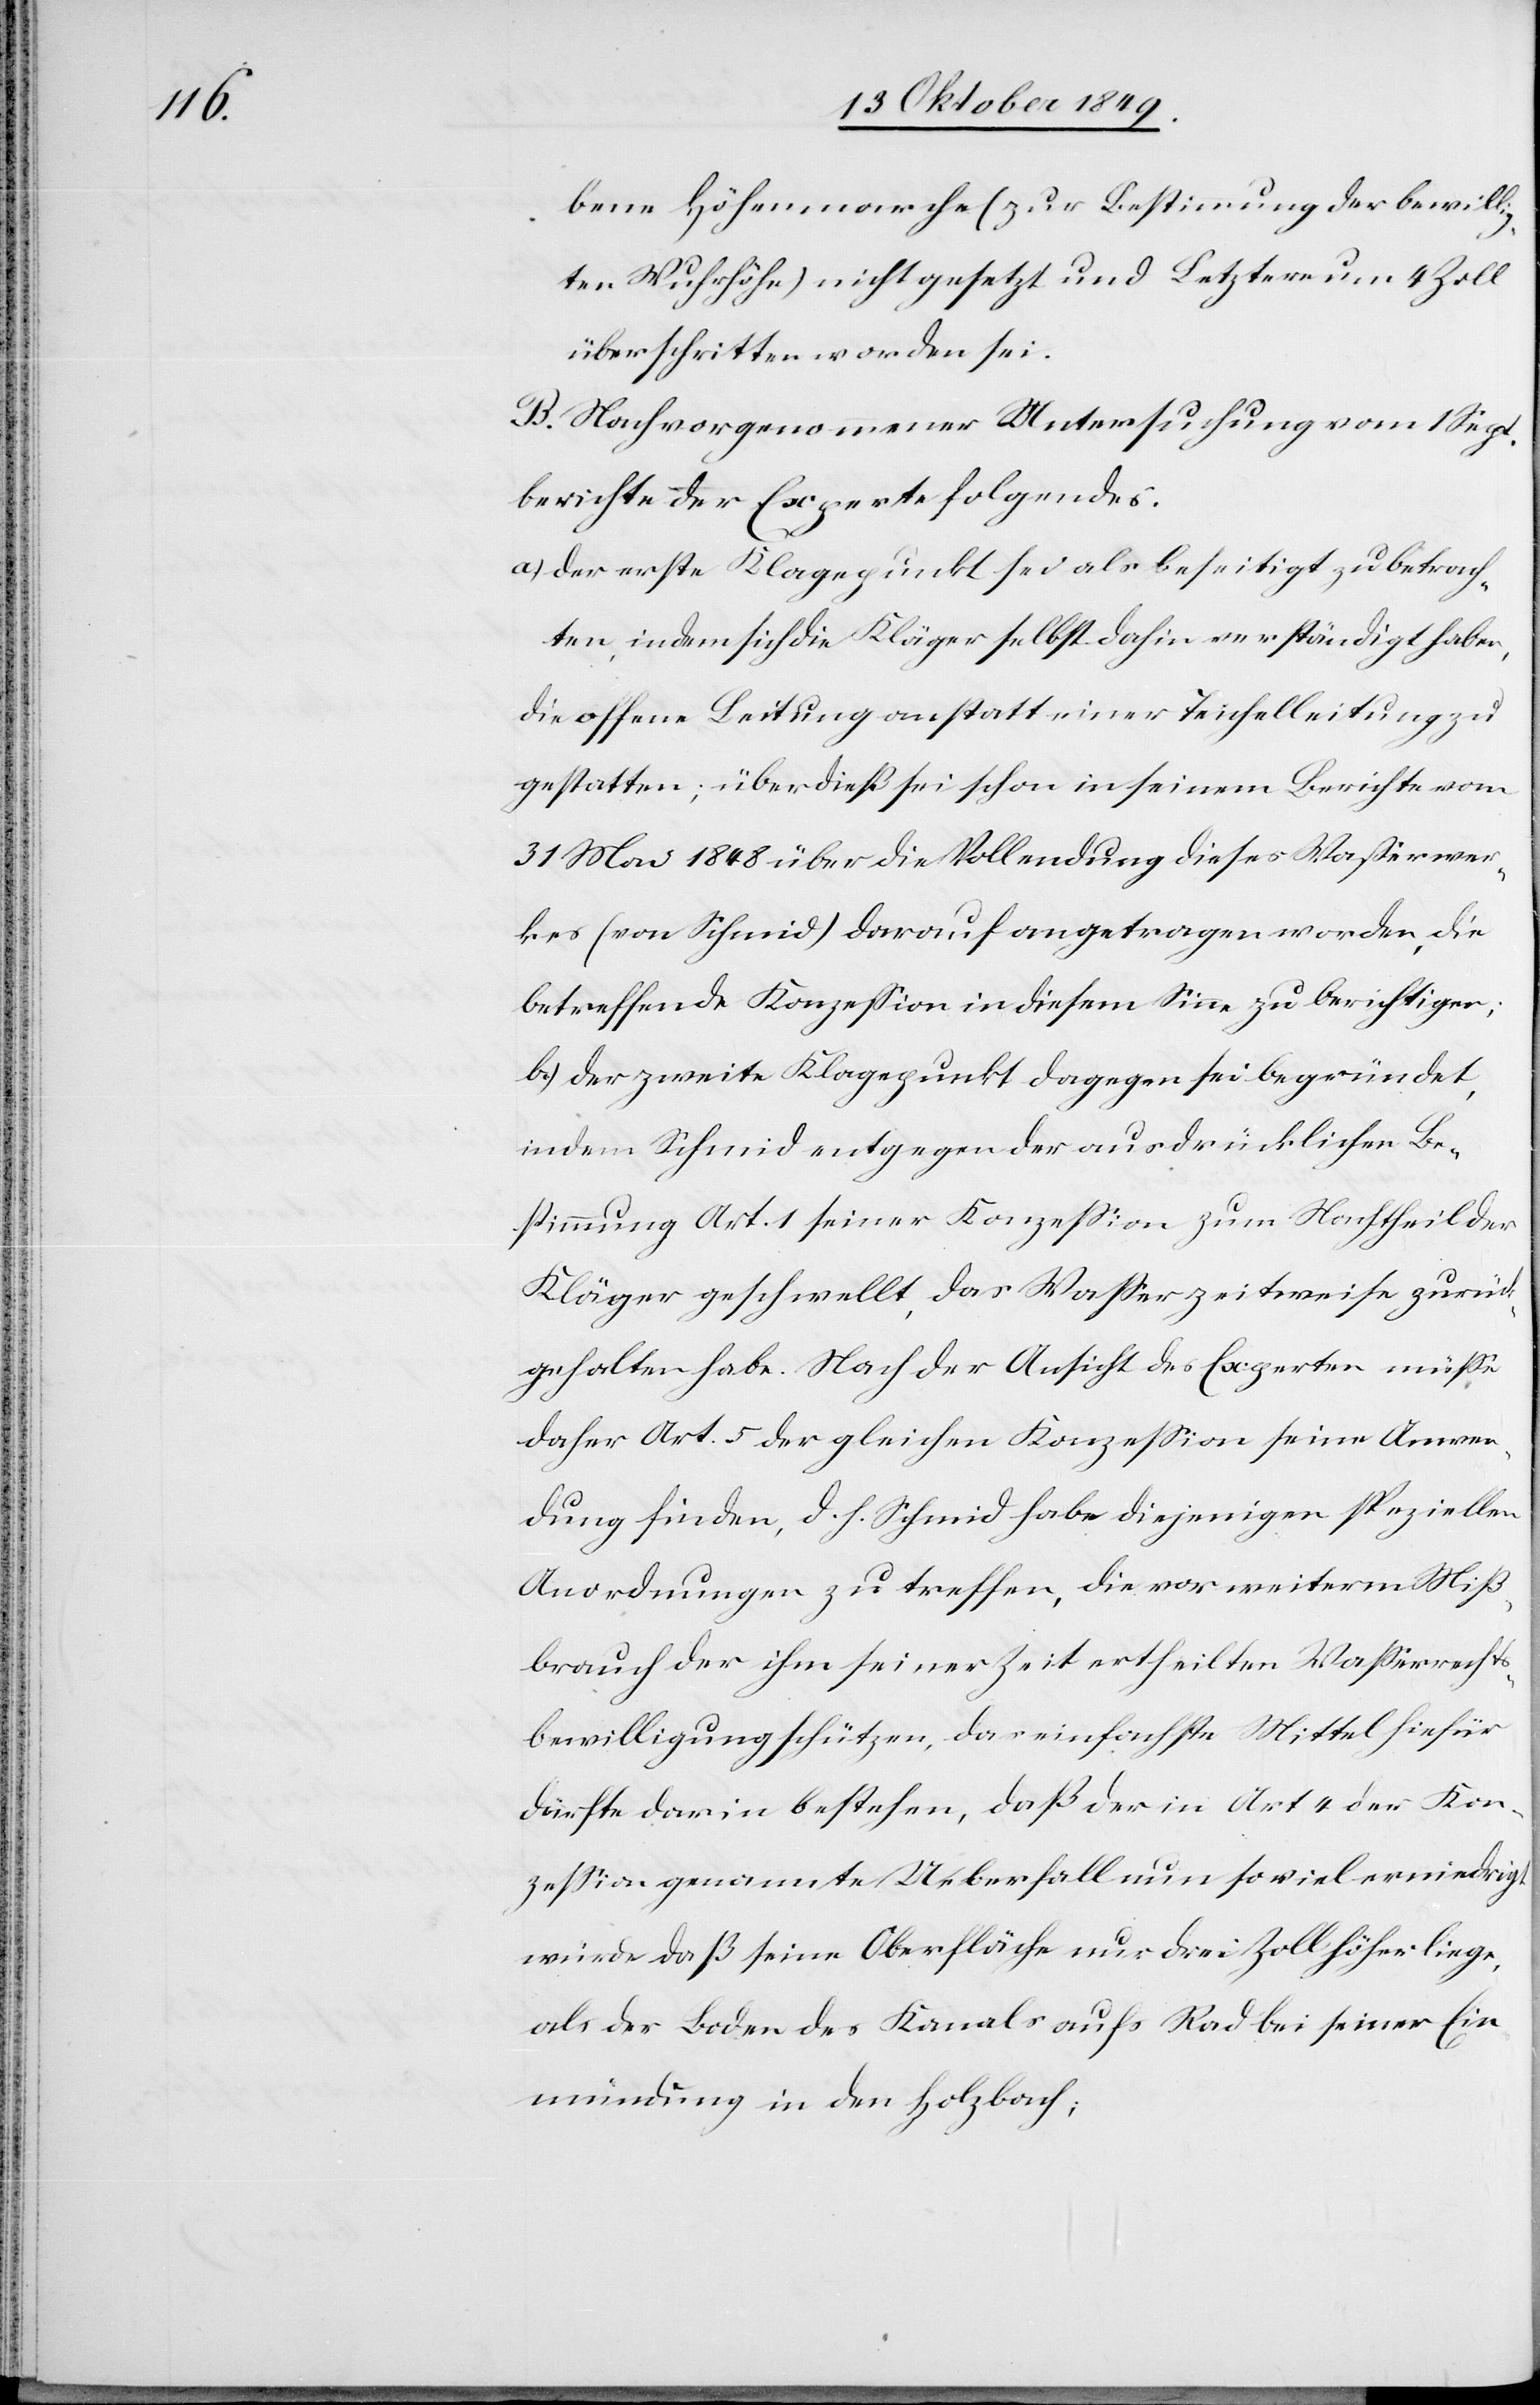
bene Höhenmarche (zur Bestimmung der bewilli¬
gten Wuhrhöhe) nicht gesetzt und Letztere um 4 Zoll
überschritten worden sei.
B. Nach vorgenommener Untersuchung vom 1 Sept.
berichte der Experte folgendes.
a) der erste Klagepunkt sei als beseitigt zu betrach¬
ten, indem sich die Kläger selbst dahin verständigt haben,
die offene Leitung anstatt einer Teuchelleitung zu
gestatten; überdieß sei schon in seinem Berichte vom
31 Mai 1848 über die Vollendung dieses Waßerwer¬
kes (von Schmid) darauf angetragen worden, die
betreffende Konzeßion in diesem Sinne zu berichtigen;
b) der zweite Klagepunkt dagegen sei begründet,
indem Schmid entgegen der ausdrücklichen Be¬
stimmung Art. 1 seiner Konzeßion zum Nachtheil der
Kläger geschwellt, das Waßer zeitweise zurück¬
gehalten habe. Nach der Ansicht des Experten müße
daher Art. 5 der gleichen Konzeßion seine Anwen¬
dung finden, d. h. Schmid habe diejenigen speziellen
Anordnungen zu treffen, die vor weiterm Miß¬
brauch der ihm seiner Zeit ertheilten Waßerrechts¬
bewilligung schützen, das einfachste Mittel hiefür
dürfte darin bestehen, daß der in Art. 4 der Kon¬
zeßion genannte Ueberfall nun soviel erniedrigt
wurde daß seine Oberfläche nur drei Zoll höher liege,
als der Boden des Kanals aufs Rad bei seiner Ein¬
mündung in den Holzbach;